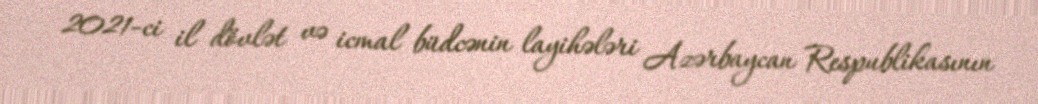
2021-ci il dövlət və icmal büdcənin layihələri Azərbaycan Respublikasının